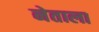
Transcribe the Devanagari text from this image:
नेताला